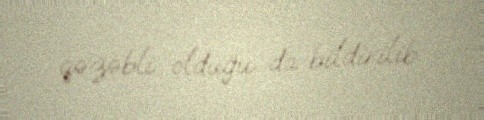
qəzəbli olduğu da bildirilib.